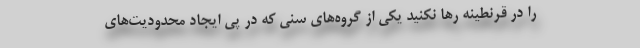
را در قرنطینه رها نکنید یکی از گروه‌های سنی که در پی ایجاد محدودیت‌های